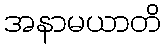
အနာမယာတိ